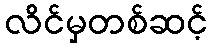
လိင်မှတစ်ဆင့်